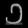
Digit: ၁